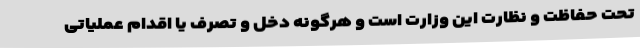
تحت حفاظت و نظارت این وزارت است و هرگونه دخل و تصرف یا اقدام عملیاتی